Veterinary regulations India, 1939 -
Year: 1939
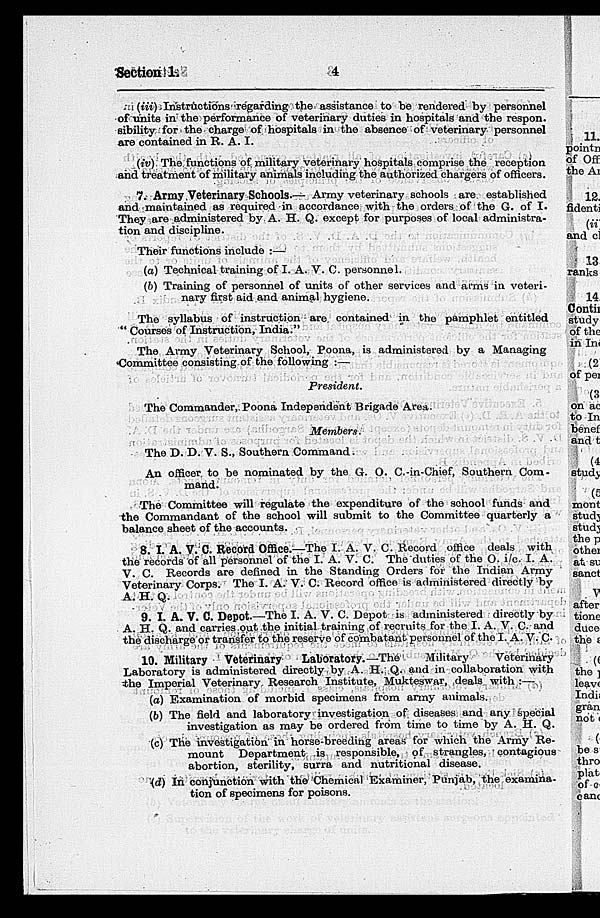
Section 1.
4
(iii) Instructions regarding the assistance to be rendered by personnel
of units in the performance of veterinary duties in hospitals and the respon.
sibility for the charge of hospitals in the absence of veterinary personnel
are contained in R. A. I.
(iv) The functions of military veterinary hospitals comprise the reception
and treatment of military animals including the authorized chargers of officers.
7. Army Veterinary Schools.— Army veterinary schools are established
and maintained as required in accordance with the orders of the G. of I.
They are administered by A. H. Q. except for purposes of local administra-
tion and discipline.
Their functions include :—
(a) Technical training of I. A. V. C. personnel.
(b) Training of personnel of units of other services and arms in veteri-
nary first aid and animal hygiene.
The syllabus of instruction are contained in the pamphlet entitled
"Courses of Instruction, India."
The Army Veterinary School, Poona, is administered by a Managing
Committee consisting of the following :—
President.
The Commander, Poona Independent Brigade Area.
Members.
The D. D. V. S., Southern Command.
An officer to be nominated by the G. O. C.-in-Chief, Southern Com-
mand.
The Committee will regulate the expenditure of the school funds and
the Commandant of the school will submit to the Committee quarterly a
balance sheet of the accounts.
8. I. A. V. C. Record Office.—The I. A. V. C. Record office deals with
the records of all personnel of the I. A. V. C. The duties of the O. i/c. I. A.
V. C. Records are defined in the Standing Orders for the Indian Army
Veterinary Corps. The I. A. V. C. Record office is administered directly by
A. H. Q.
9. I. A. V. C. Depot.—The I. A. V. C. Depot is administered directly by
A. H. Q. and carries out the initial training of recruits for the I. A. V. C. and
the discharge or transfer to the reserve of combatant personnel of the I. A. V. C.
10. Military Veterinary
Laboratory.—The
Military
Veterinary
Laboratory is administered directly by A. H. Q. and in collaboration with
the Imperial Veterinary Research Institute, Mukteswar, deals with :—
(a) Examination of morbid specimens from army animals.
(b) The field and laboratory investigation of diseases and any special
investigation as may be ordered from time to time by A. H. Q.
(c) The investigation in horse-breeding areas for which the Army Re-
mount Department is responsible, of strangles, contagious
abortion, sterility, surra and nutritional disease.
(d) In conjunction with the Chemical Examiner, Punjab, the examina-
tion of specimens for poisons.